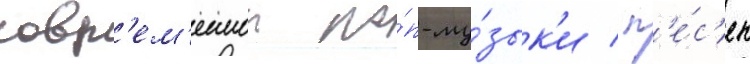
совр'ем'еннои по́п-му́зык'и / п'е́с'ен